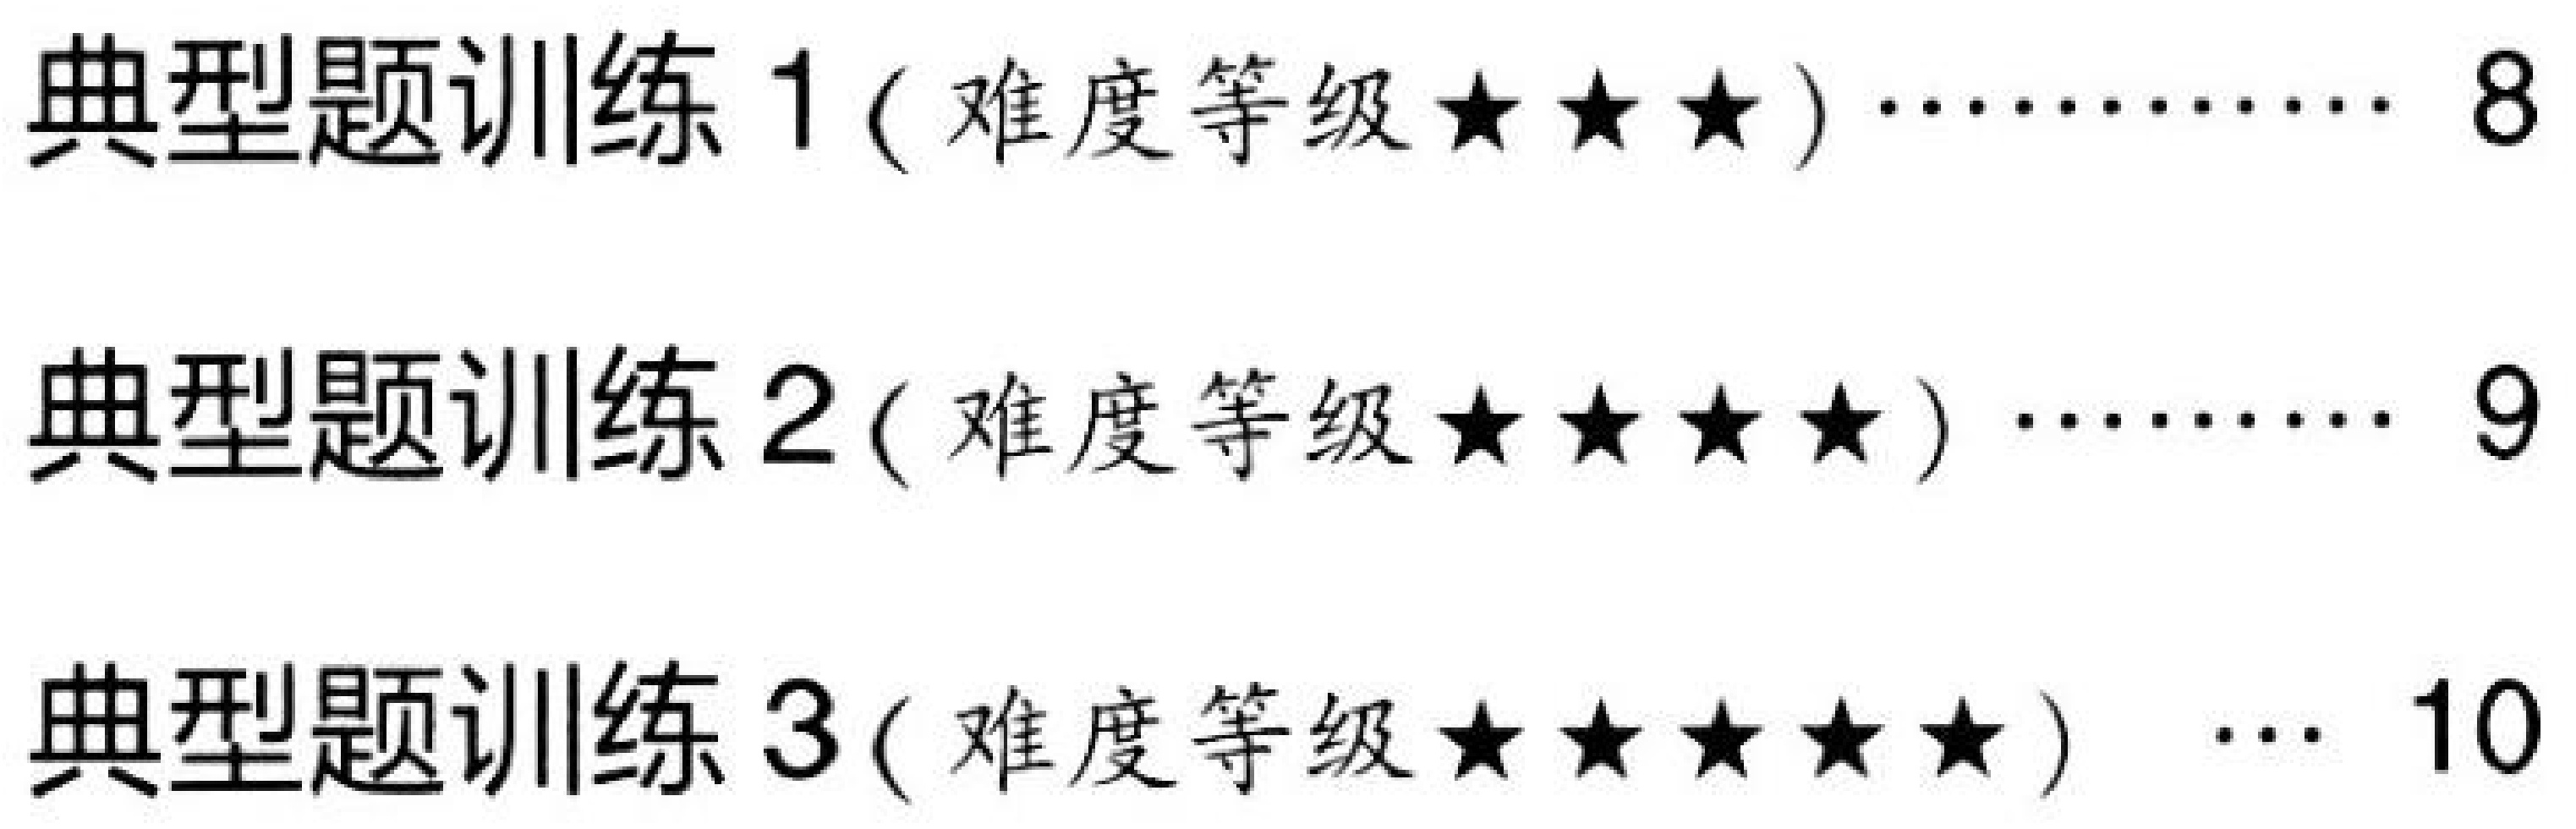
典型题训练\(1\) ( 难度等级\(\star\star\star\) ) …………… 8
典型题训练\(2\) ( 难度等级\(\star\star\star\star\) ) ……… 9
典型题训练\(3\) ( 难度等级\(\star\star\star\star\star\) ) … 10